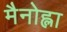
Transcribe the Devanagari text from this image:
मैनोह्ला